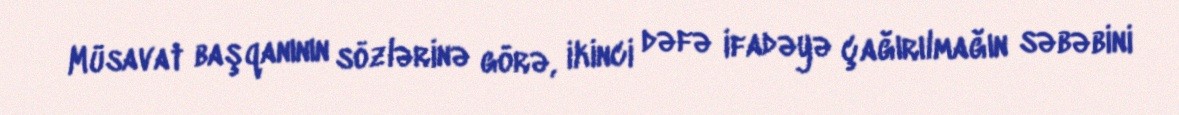
Müsavat başqanının sözlərinə görə, ikinci dəfə ifadəyə çağırılmağın səbəbini